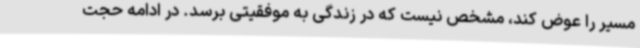
مسیر را عوض کند، مشخص نیست که در زندگی به موفقیتی برسد. در ادامه حجت